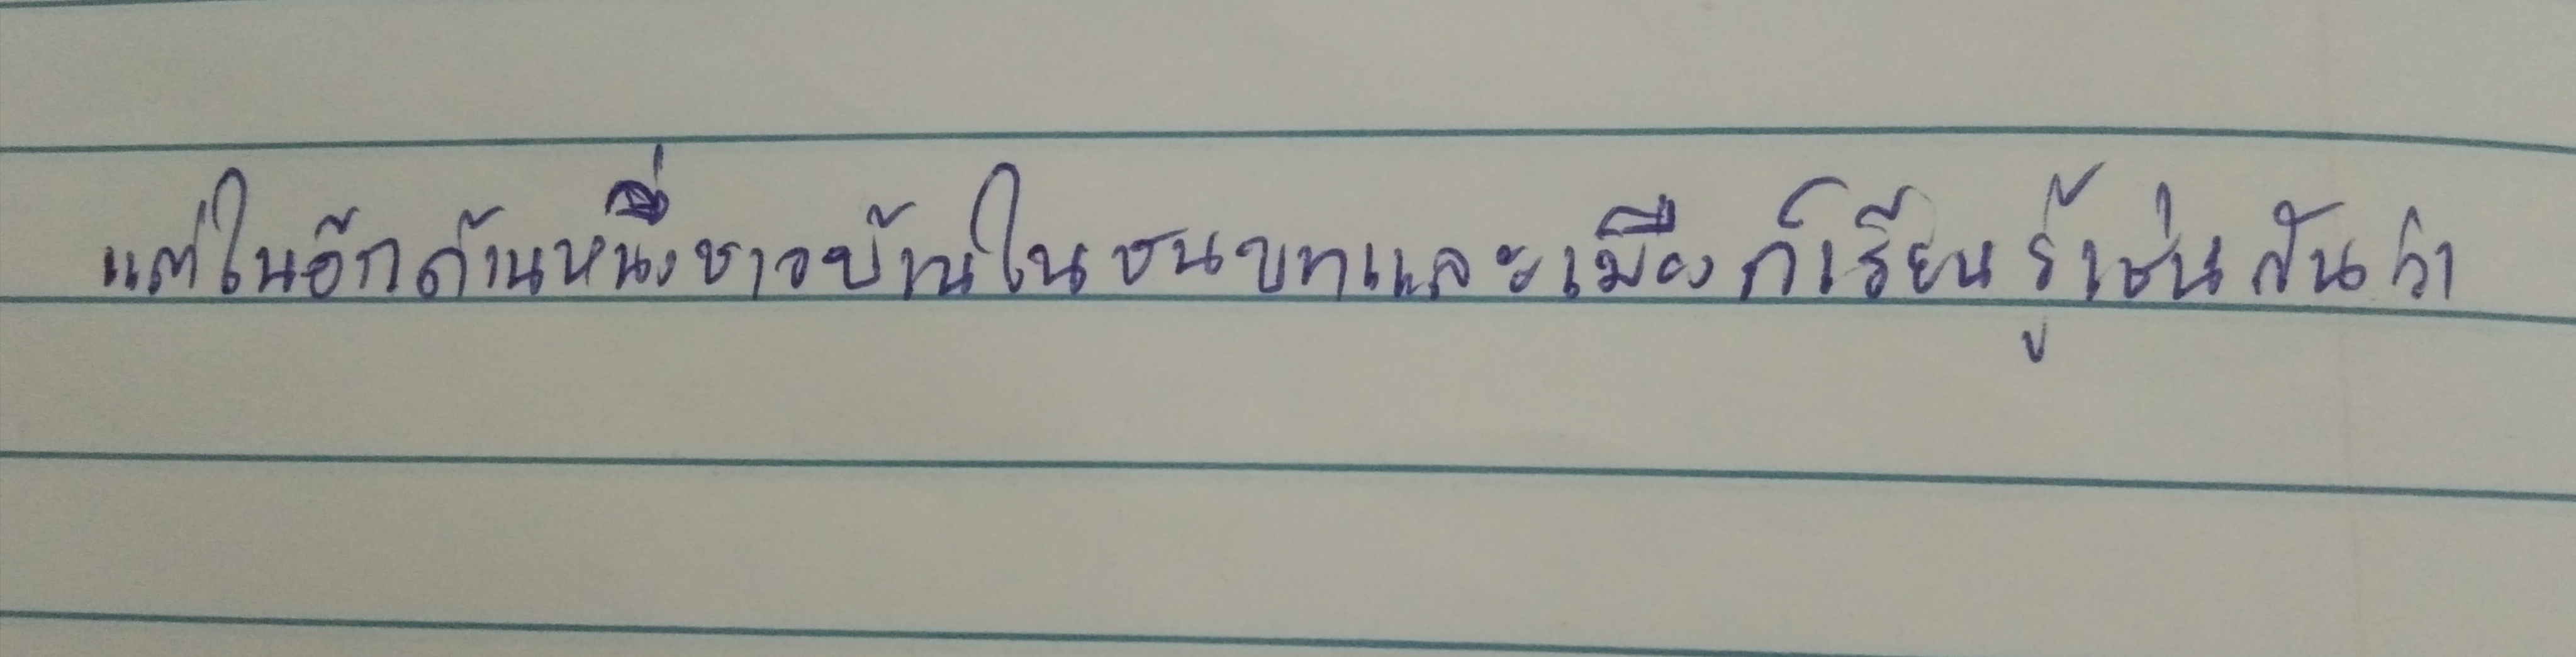
แต่ในอีกด้านหนึ่งชาวบ้านในชนบทและเมืองก็เรียนรู้เช่นกันว่า